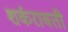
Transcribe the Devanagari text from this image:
शर्करावती